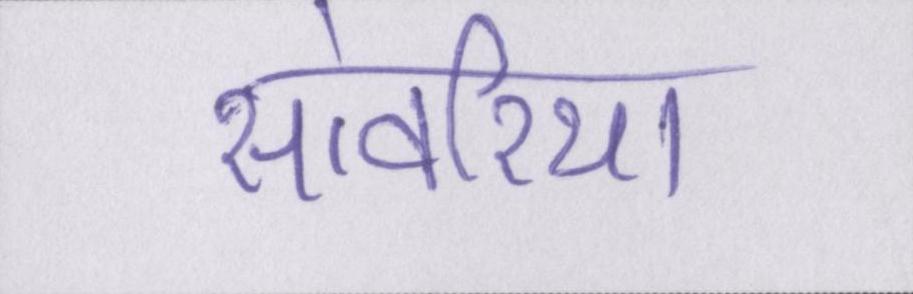
सांवरिया